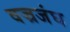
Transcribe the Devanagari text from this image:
वज्रजंघ